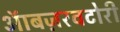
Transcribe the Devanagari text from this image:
ऑबज़रवटोरी